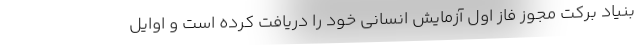
بنیاد برکت مجوز فاز اول آزمایش انسانی خود را دریافت کرده است و اوایل